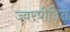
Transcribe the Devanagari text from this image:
ज्वरपीड़ित